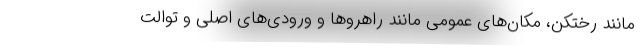
مانند رختکن، مکان‌های عمومی مانند راهروها و ورودی‌های اصلی و توالت